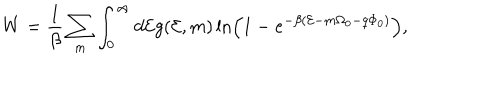
W = \frac { 1 } { \beta } \sum _ { m } \int _ { 0 } ^ { \infty } d { \cal E } g ( { \cal E } , m ) \ln \left( 1 - e ^ { - \beta ( { \cal E } - m \Omega _ { 0 } - q \Phi _ { 0 } ) } \right) ,